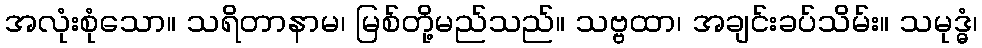
အလုံးစုံသော။ သရိတာနာမ၊ မြစ်တို့မည်သည်။ သဗ္ဗထာ၊ အချင်းခပ်သိမ်း။ သမုဒ္ဓံ၊